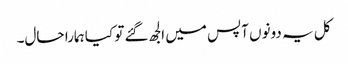
کل یہ دونوں آپس میں الجھ گئے تو کیا ہمارا حال۔